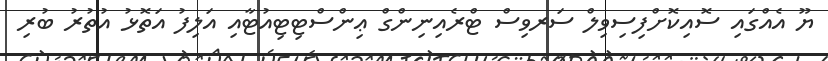
ޔޫ އެއްގައި ސޮއިކޮށްފިސިވިލް ސަރވިސް ޓްރެއިނިންގް ޢިންސްޓިޓިއުޓާއި އަލިފު އަތޮޅު އުތުރު ބުރި